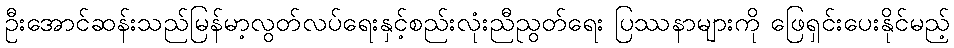
ဦးအောင်ဆန်းသည်မြန်မာ့လွတ်လပ်ရေးနှင့်စည်းလုံးညီညွတ်ရေး ပြဿနာများကို ဖြေရှင်းပေးနိုင်မည့်